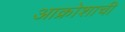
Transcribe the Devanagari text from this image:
आक्रोशाची